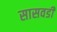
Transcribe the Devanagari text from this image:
सासवडी